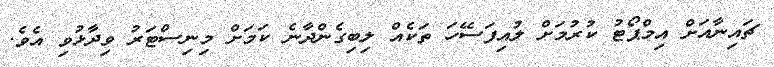
ޗައިނާއަށް އިމްޕޯޓު ކުރުމަށް ލުއިފަސޭހަ ތަކެއް ލިބިގެންދާނެ ކަމަށް މިނިސްޓަރު ވިދާޅުވި އެވެ.